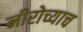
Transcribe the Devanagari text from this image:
नीरोच्याच